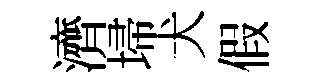
濟埽犬假